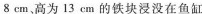
8cm、高为13cm的铁块浸没在鱼缸